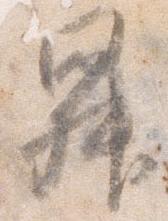
昇